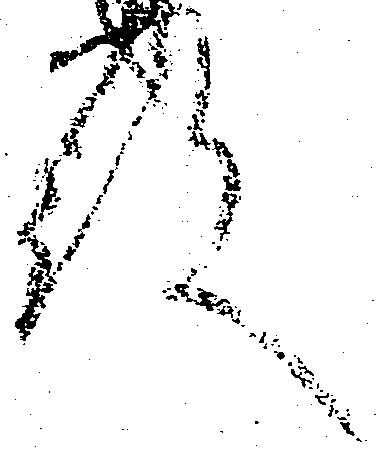
殿